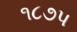
૧૮૭પ